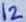
Text: 12